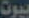
بيوت